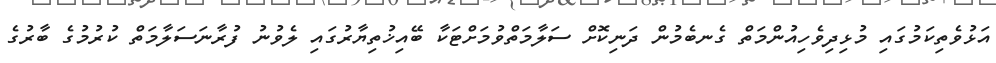
އަޅުވެތިކަމުގައި މުޅިދިވެހިއުންމަތް ގެނބެމުން ދަނިކޮށް ސަލާމަތްވުމަށްޓަކާ ބޭއިޚުތިޔާރުގައި ލެވުނު ފުރާނަސަލާމަތް ކުރުމުގެ ބާރުގެ